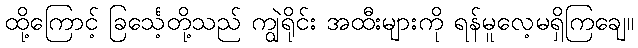
ထို့ကြောင့် ခြင်္သေ့တို့သည် ကျွဲရိုင်း အထီးများကို ရန်မူလေ့မရှိကြချေ။